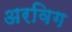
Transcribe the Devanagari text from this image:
अरविग